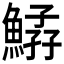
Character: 𩹆